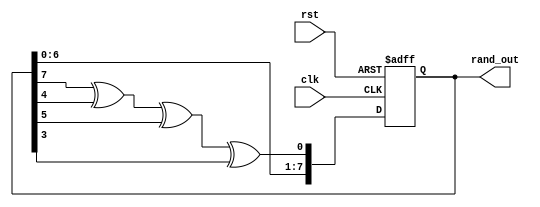
module random(
    input wire clk,           // Clock input
    input wire rst,           // Reset input
    output wire [7:0] rand_out // 8-bit pseudo-random number output
);

reg [7:0] lfsr_reg;          // 8-bit register to hold the LFSR state

always @(posedge clk or posedge rst) begin
    if (rst) begin
        lfsr_reg <= 8'b1111_1111; // Initialize LFSR with all ones
    end else begin
        // XOR feedback taps for an 8-bit LFSR: 8, 6, 5, 4
        lfsr_reg <= {lfsr_reg[6:0], lfsr_reg[7] ^ lfsr_reg[4] ^ lfsr_reg[5] ^ lfsr_reg[3]};
    end
end

assign rand_out = lfsr_reg;

endmodule